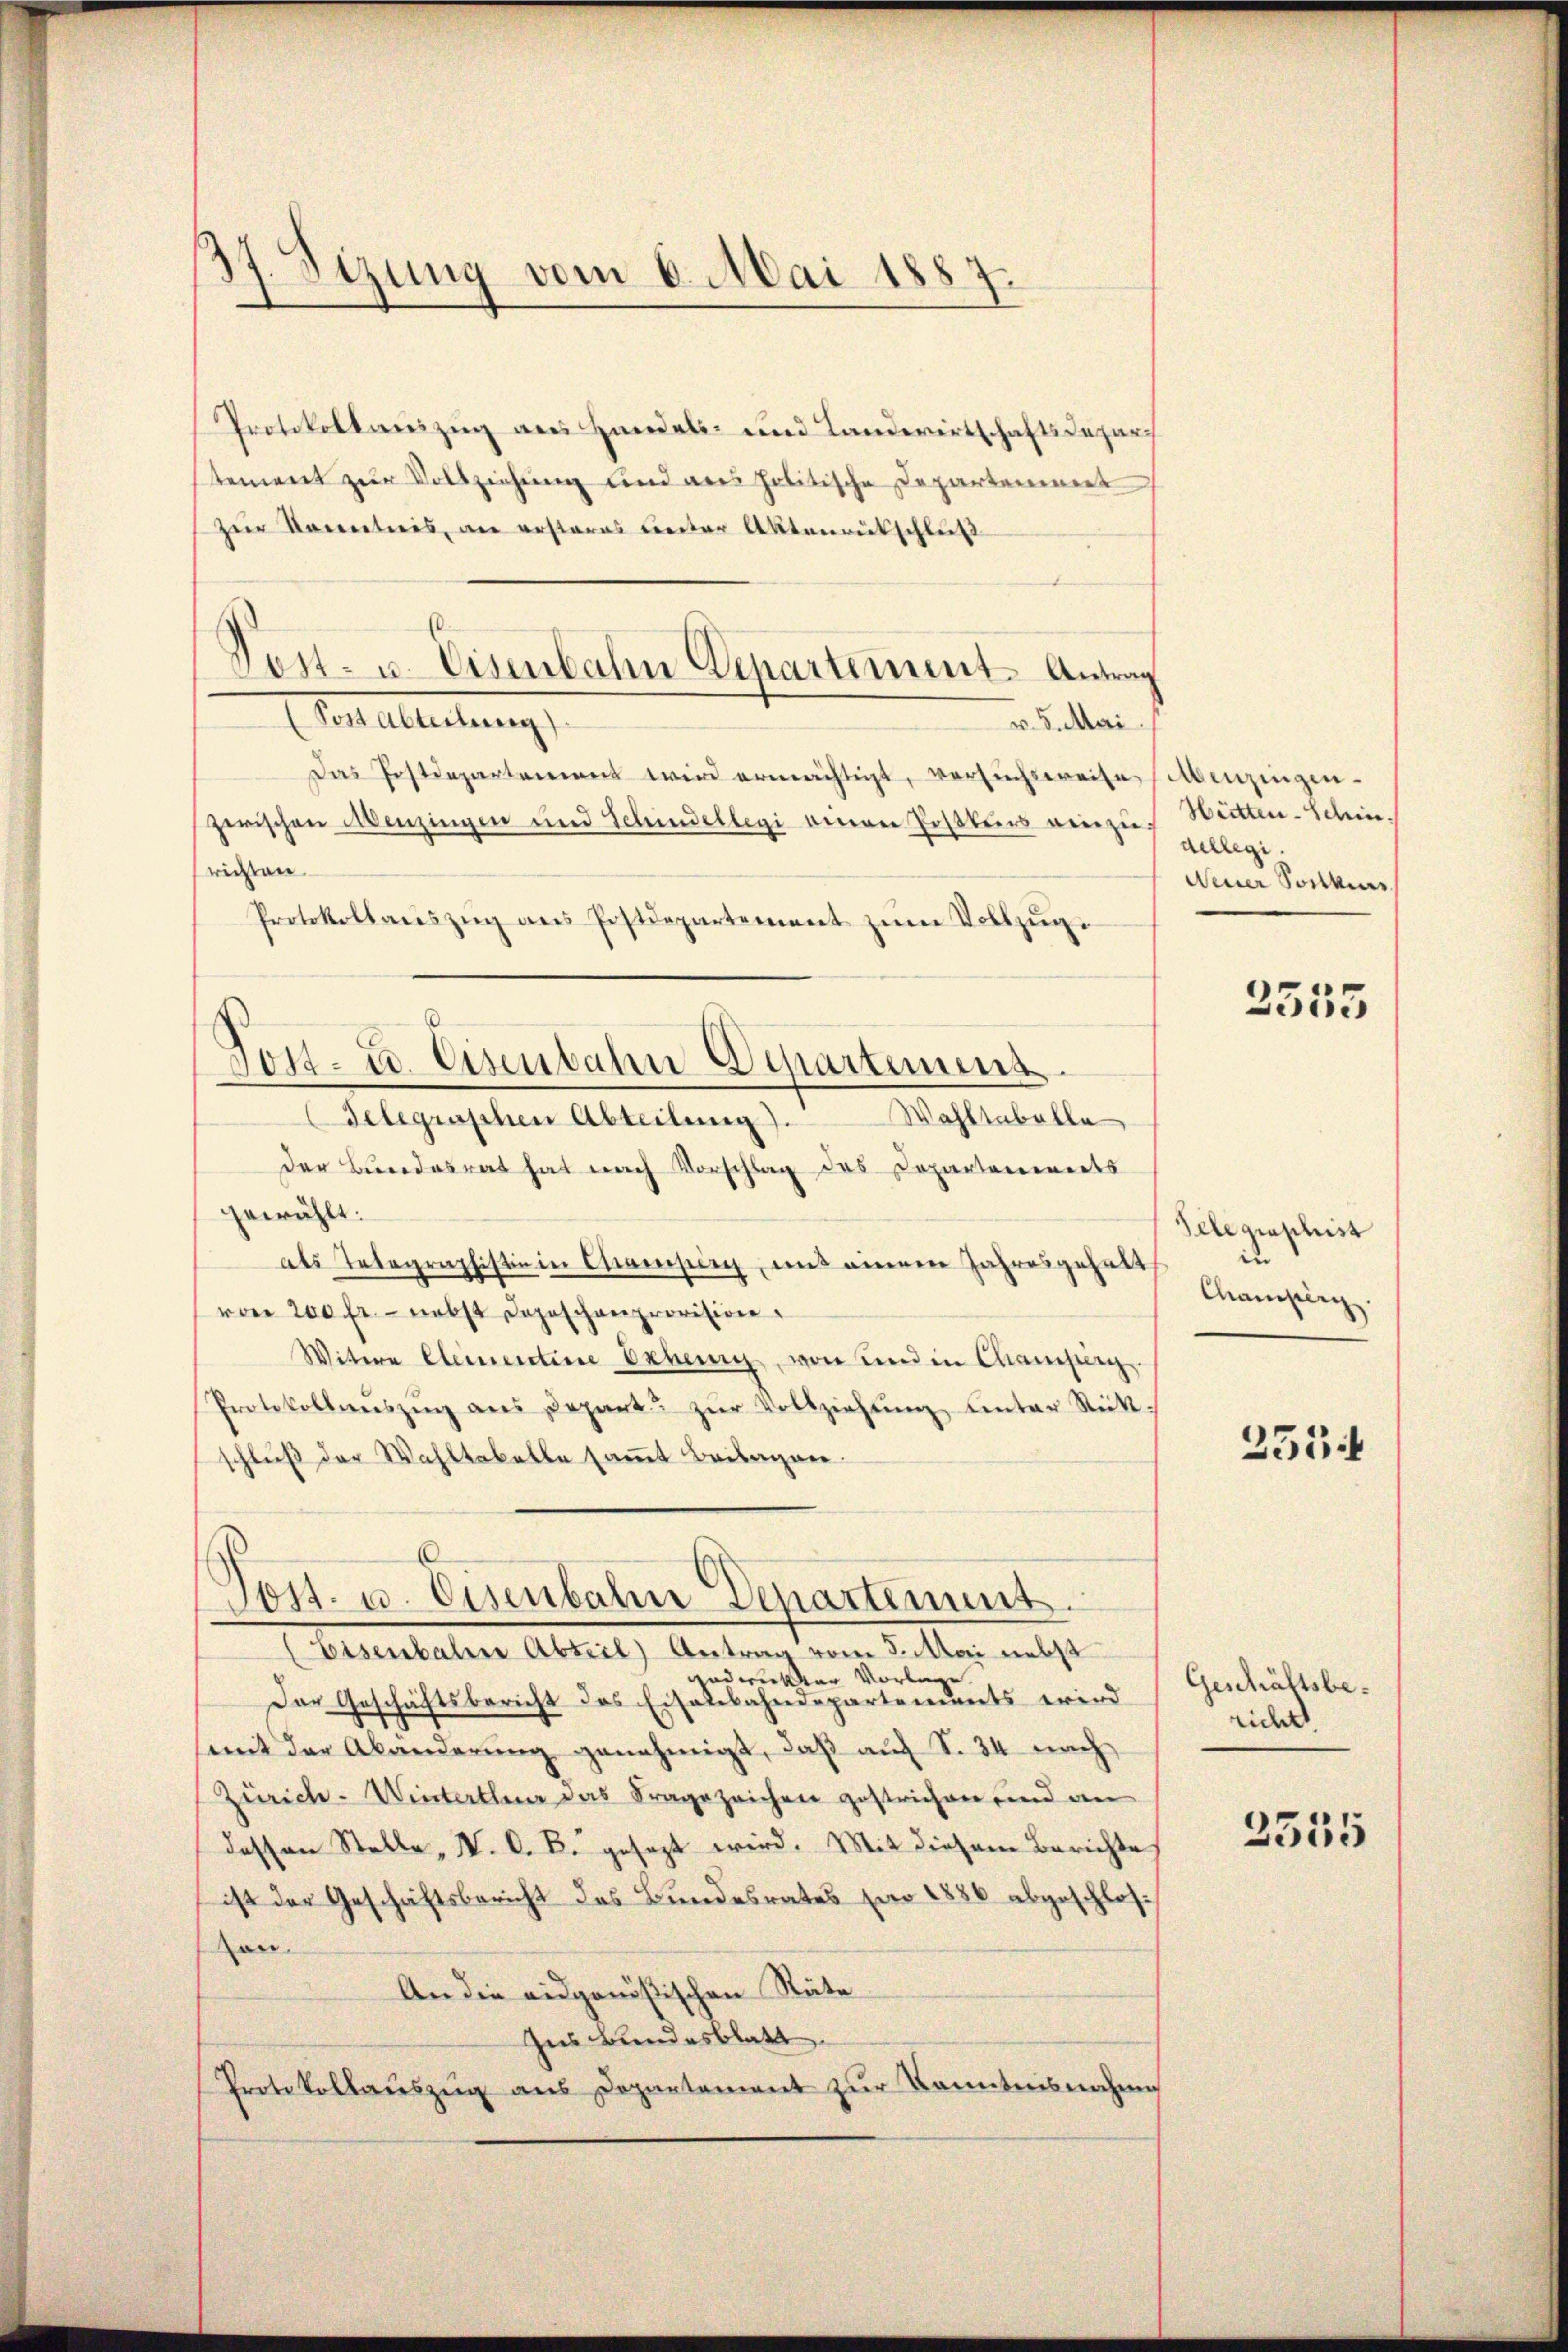
d
Sizung vom 6. Mai 1887.

Protokollauszug aus Handels- und Landwirtschaftsdepar
stement zur Vollziehung und des politische Departement
Zur Kenntnis, an ersteres unter Aktenrütschluß
Pestaltertung
v. 5. Mari
Das Postdepartement wird ermächtigt, versuchsweise Menzingen
zerischen Menzingen und Schindellegi einen Postkurs einzu Wetten-Schinrichten.
Protokollaŭszŭg ans Postdepartement zŭm Vollzŭge
d
Post- u. Eisenbahn Departemens.
Wahltabelle
Telegraschen Abteilung).
Der Bundesrat hat nach Vorschlag des Departenwerts
gewählt:
als Telegraphistin in Campig, und einem Jahresgehalt
von 200 fr. nebst Depeschenprovision.
Witwe Elementine Erbung von und in Champer.
Protokollenszŭg ans Depart zŭr Vollziehŭng ŭnter Rütt
schluß der Wahltabelle samt Beilagen.

Pest- u. Eisenbahn Departement. Antrag

Post- u. Eisenbahn Departement.

bereinbaten Abteil, Antrag vom 2. Aber mit e
gedruckter Vorlage.
Der Geschäftsbericht des Eisenbahndepartements wird
mit der Abänderung genehmigt, daß auf S. 34 nach
Zürich. Winterthen das Fragezeichen gestrichen und an
dessen Stelle, V. C. B. gesezt wird. Mit diesem Berichte
ist der Geschäftsbericht des Bundesrates für 1886 abgeschloson.
An die eidgenößischen Rüte
Ins Bundesblatt
Protokollaŭszŭg aŭs Departement zŭr Kenntnisnahme

dellegi
Neuer Sonkurs

2355

Telegraphist
in
Champerg

235

Geschäftsbericht

2555